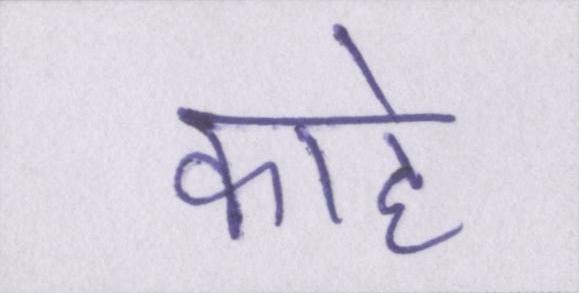
काहे